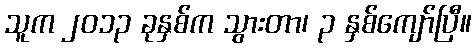
သူက ၂၀၁၃ ခုနှစ်က သွားတာ၊ ၃ နှစ်ကျော်ပြီ။